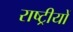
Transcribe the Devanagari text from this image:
राष्ट्रीयों